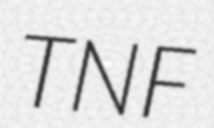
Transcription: TNF